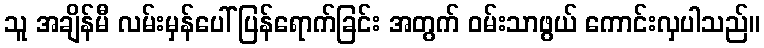
သူ အချိန်မီ လမ်းမှန်ပေါ် ပြန်ရောက်ခြင်း အတွက် ဝမ်းသာဖွယ် ကောင်းလှပါသည်။